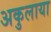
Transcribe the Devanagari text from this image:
अकुलाया